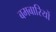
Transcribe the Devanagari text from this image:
बमबारियों